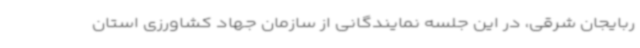
ربایجان شرقی، در این جلسه نمایندگانی از سازمان جهاد کشاورزی استان